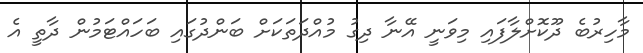
މާހިރުބެ ދޫކޮށްލާފައި މިވަނީ އޭނާ ދިގު މުއްދަތަކަށް ބަންދުގައި ބަހައްޓަމުން ދާތީ އެ